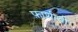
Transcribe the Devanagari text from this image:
फ़ाशीची